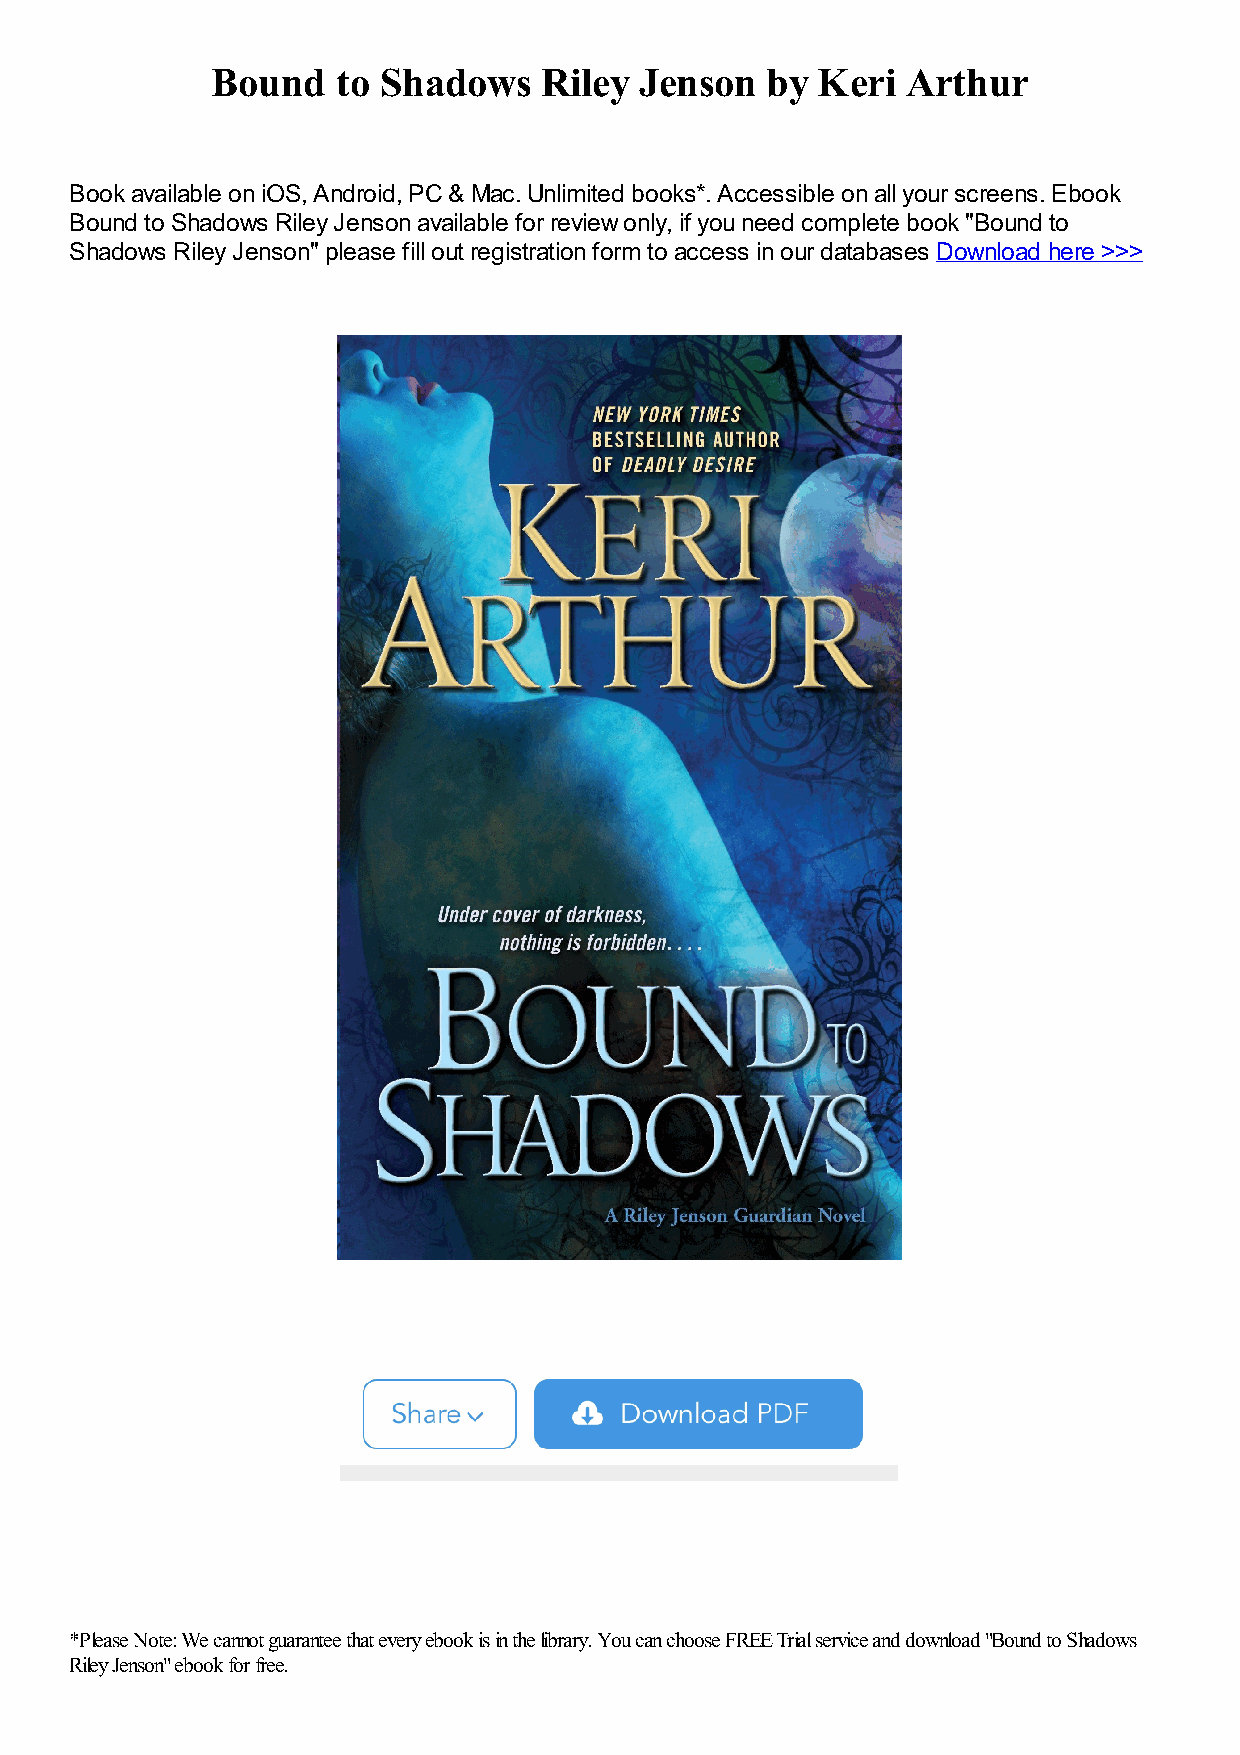
Bound   to Shadows    Riley Jenson   by Keri  Arthur
 Book available on iOS, Android, PC & Mac. Unlimited books*. Accessible on all your screens. Ebook
 Bound to Shadows Riley Jenson available for review only, if you need complete book "Bound to
 Shadows Riley Jenson" please fill out registration form to access in our databases Download here >>>
 *Please Note: We cannot guarantee that every ebook is in the library. You can choose FREE Trial service and download "Bound to Shadows
 Riley Jenson" ebook for free.